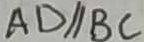
A D / / B C